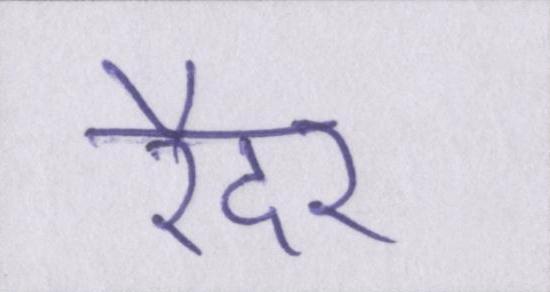
रैदर